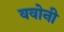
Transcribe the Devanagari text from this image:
ववोनी